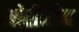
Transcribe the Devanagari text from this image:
ओरीजीन